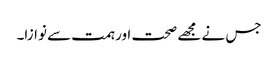
جس نے مجھے صحت اور ہمت سے نوازا۔